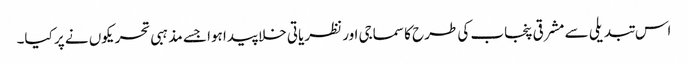
اس تبدیلی سے مشرقی پنجاب کی طرح کا سماجی اور نظریاتی خلا پیدا ہوا جسے مذہبی تحریکوں نے پر کیا۔